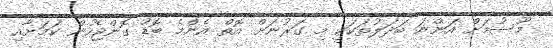
މޫސުމަށް އަންނަ ބަދަލުތަކަކީ މި ގަރުނަށް އޮތް އެންމެ ބޮޑު ގޮންޖެހުން ކަމަށާއި